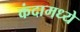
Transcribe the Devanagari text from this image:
कंदामध्ये